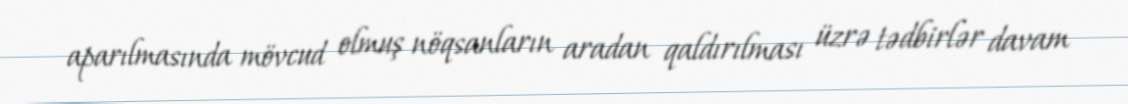
aparılmasında mövcud olmuş nöqsanların aradan qaldırılması üzrə tədbirlər davam